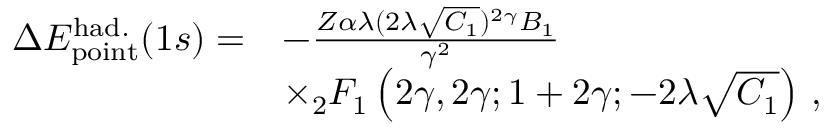
\begin{array} { r l } { \Delta { E } _ { \mathrm { p o i n t } } ^ { \mathrm { h a d . } } ( 1 s ) = } & { - \frac { Z \alpha \lambda ( 2 \lambda \sqrt { C _ { 1 } } ) ^ { 2 \gamma } B _ { 1 } } { \gamma ^ { 2 } } } \\ & { \times _ { 2 } F _ { 1 } \left( 2 \gamma , 2 \gamma ; 1 + 2 \gamma ; - 2 \lambda \sqrt { C _ { 1 } } \right) \, , } \end{array}